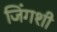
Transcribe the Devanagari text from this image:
जिंगशी